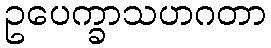
ဥပေက္ခာသဟဂတာ